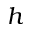
h